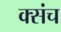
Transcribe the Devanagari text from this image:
क्संच